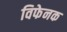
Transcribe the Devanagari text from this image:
विफेनक